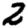
Digit: 2